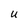
Character: U